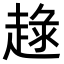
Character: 𧼢